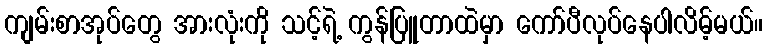
ကျမ်းစာအုပ်တွေ အားလုံးကို သင့်ရဲ့ ကွန်ပြူတာထဲမှာ ကော်ပီလုပ်နေပါလိမ့်မယ်။